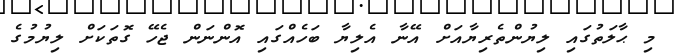
މި ޙާލަތުގައި ލިޔުންތެރިޔާއަށް އޭނާ އެލިޔާ ބަހެއްގައި އޮންނަން ޖެހޭ ގޮތަކަށް ލިޔުމުގެ